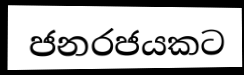
ජනරජයකට